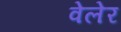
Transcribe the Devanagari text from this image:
वेलेर